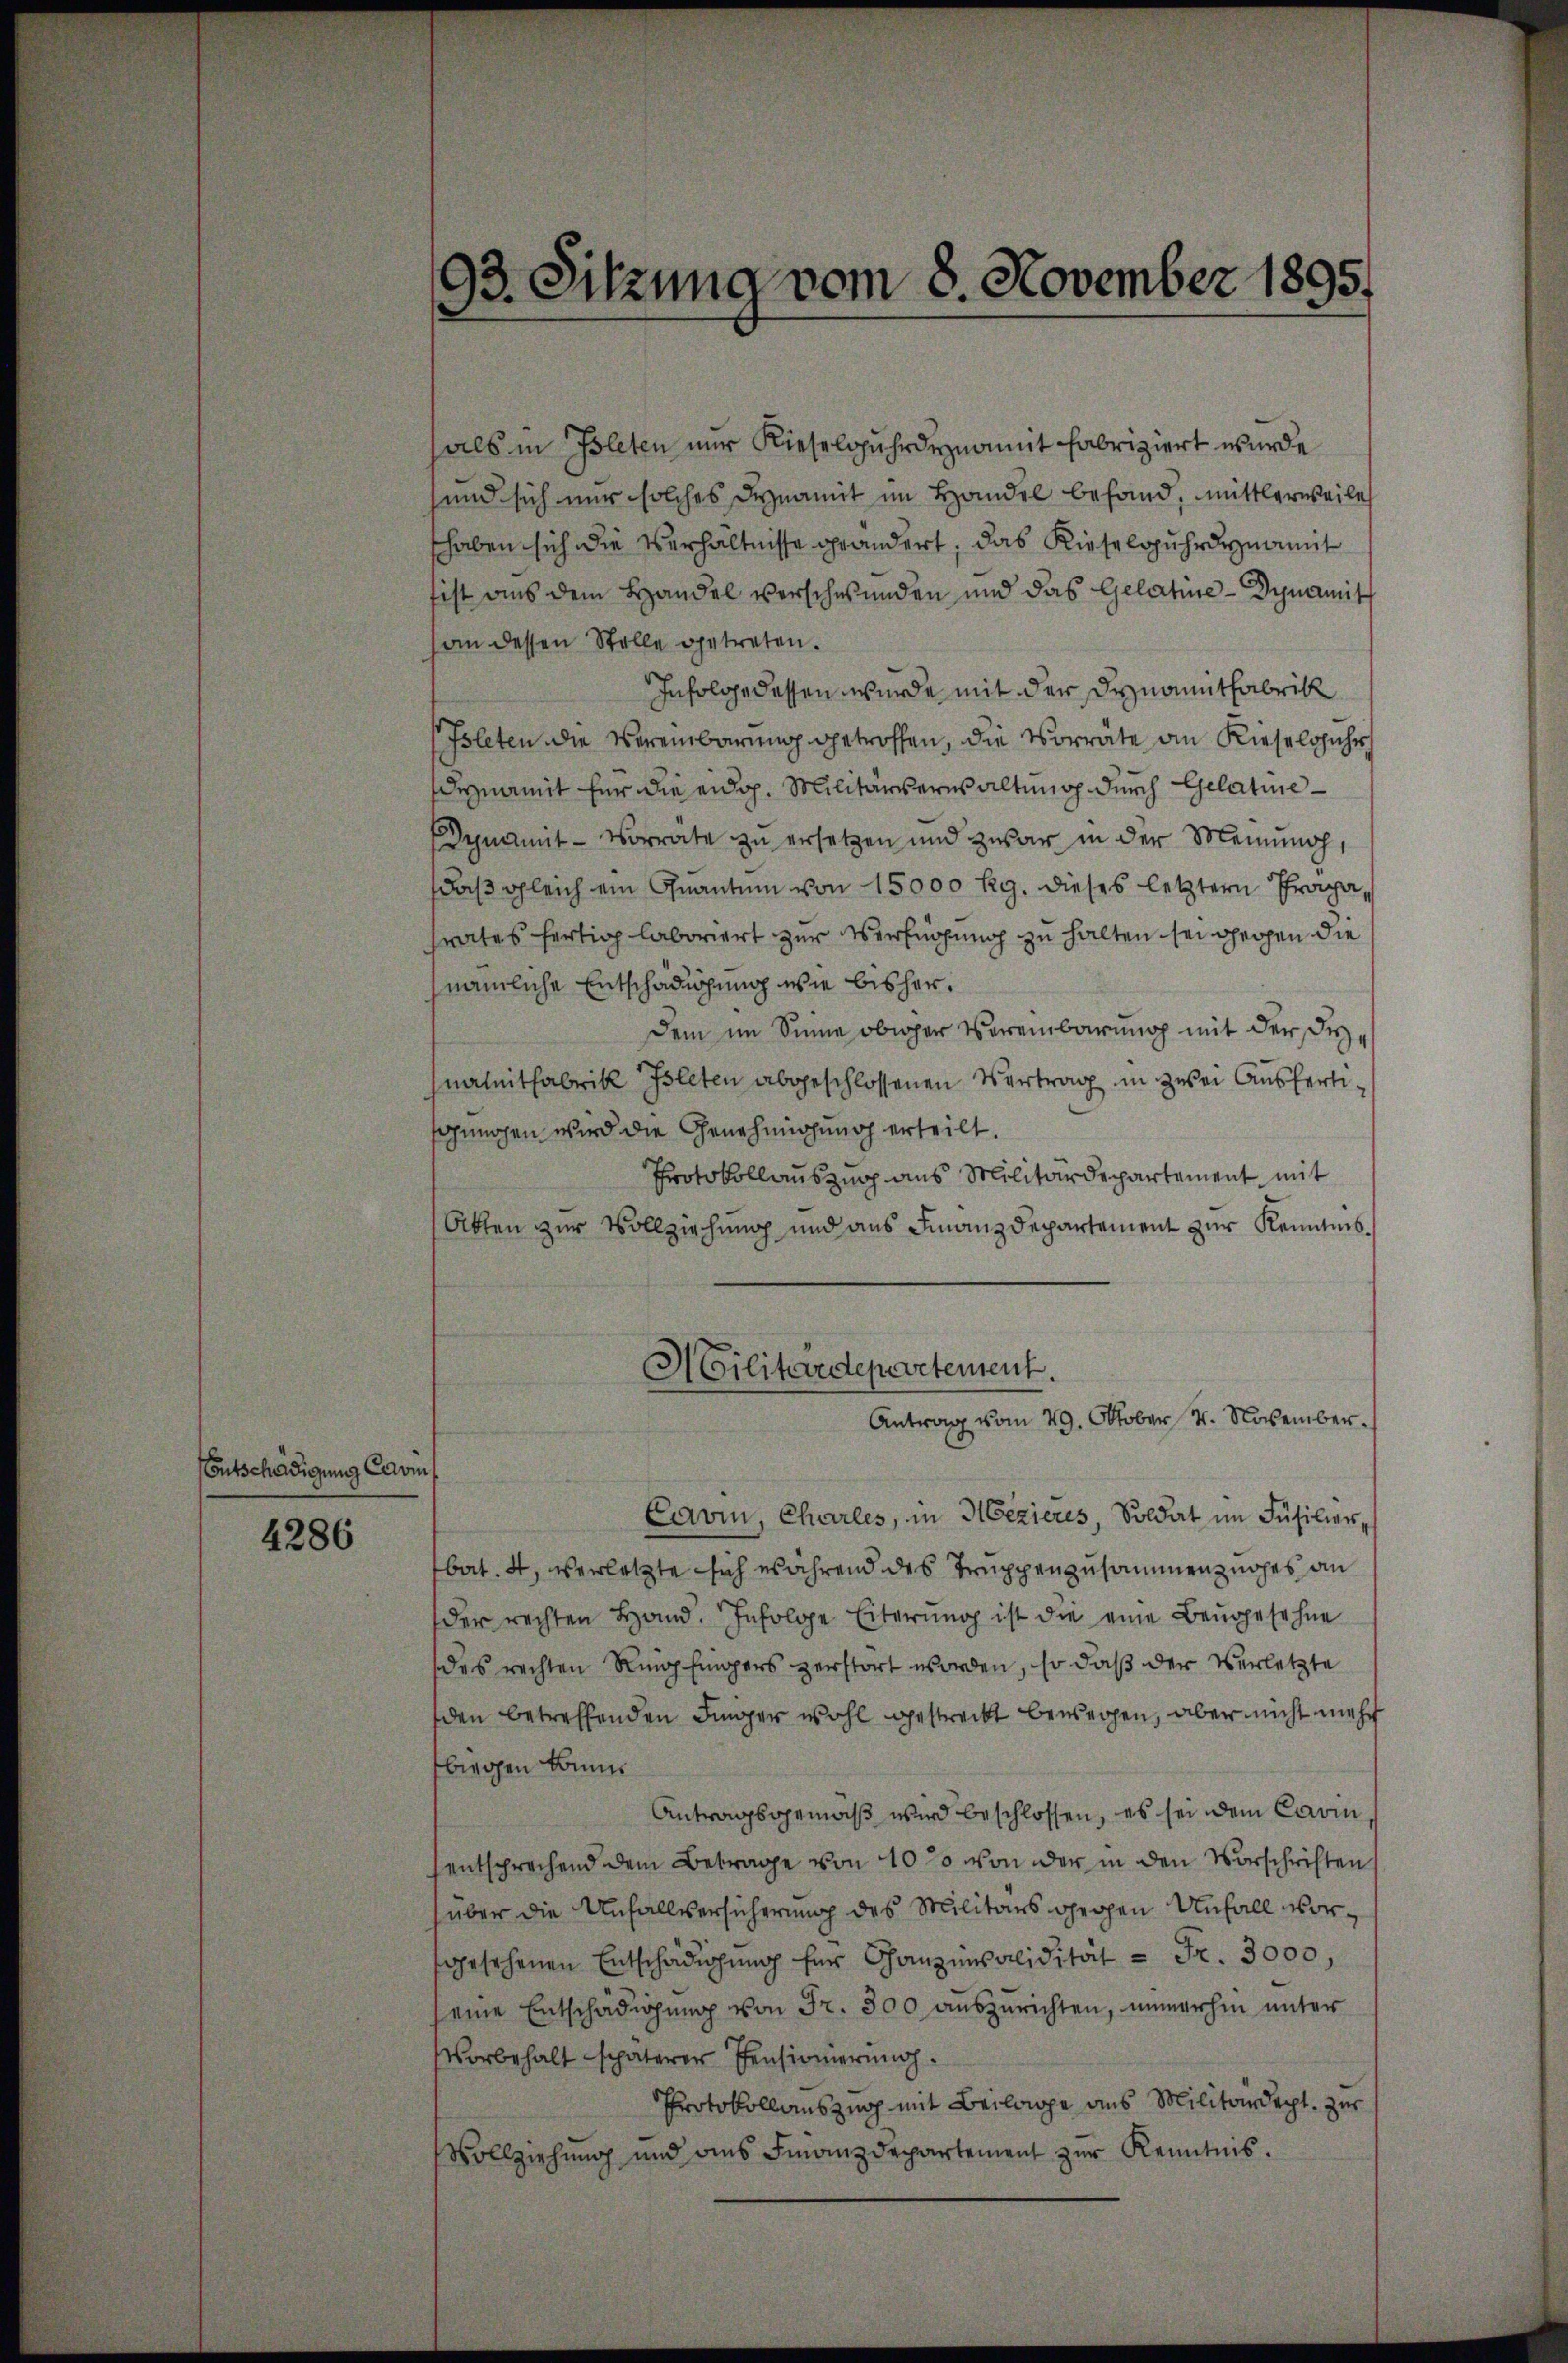
Entschädigung Cari

4286

93. Sitzung vom 8. November 1895.

hals in Isleten nur Kieselsuhrdynamit fabriziert wurde
sund sich nur solches dynamit im Handel befand, mittlerweile
shaben sich die Verhältnisse geändert, das Kieselsuhrdynamit
fist aus dem Handel vorschwunden und das Gelatne- Dynamit
an dessen Stelle getreten.
Infolge dessen wurde mit der Synamitfabrik
(Isleten die Vereinbarung getroffen, die Vorräte an Kieselsfuhr
dynamit für die eidg. Militärverwaltung durch Gelatine
Dynamit Vorrate zu ersetzen und zwar in der Meinung,
daß gleich ein Quantum von 15000 Rg. dieses letztern Pragasrates fertig laboriert zur Verfügung zu halten sei gegen die
nämliche Entschädigung wie bisherdem im Sinne obiger Vereinbarung mit der dienammitfabrik Isleten abgeschlossenen Vertrag in zwei Ausfertisungen wird die Genehmigung erteilt.
Protokollauszug aus Militärdepartement mit
Akten zur Vollziehung und aus Finanzdepartement zur Keingnis¬
Militärdepartement.
Antrag vom 29. Oktober 4. November¬
Cavin, Charles, in Mezieres, Soldat im Füsilier-
bat. 4, verletzte sich während des Truppenzusammen zuohes an
der rechten Hand. Infolge Eiterŭng ist die eine Baŭgesehne
des rechten Ringfingers zerstört worden, so daß der Verletzte
den betreffenden Finger wohl gestreckt bewegen, aber nicht mehr
biegen können
Antragsgemäß wird beschlossen, es sei dem Cavin,
entsprechend dem Betrage von 1000 von der in den Vorschriften
über die Unfallversicherung des Militärs gegen Unfall vorsgesehenen Entschädigŭng für Ganzensalidität = Fr. 3000,
seine Entschädigung von Fr. 300 auszurichten, immerhin unter
Vorbehalt späterer Pensionierung.
Protokollauszug mit Beilage aus Militärdept. zur
Vollziehung und ans Finanzdepartement zŭr Kenntnis.